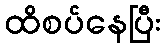
ထိစပ်နေပြီး